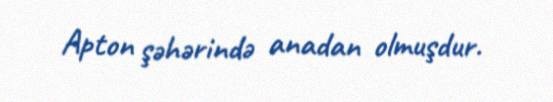
Apton şəhərində anadan olmuşdur.